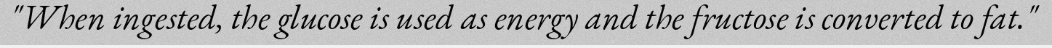
"When ingested, the glucose is used as energy and the fructose is converted to fat."